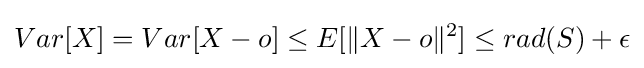
Var[X]=Var[X-o]\leq E[\|X-o\|^{2}]\leq rad(S)+\epsilon